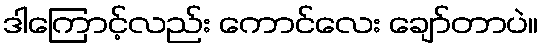
ဒါကြောင့်လည်း ကောင်လေး ချော်တာပဲ။